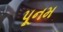
પૂનમ